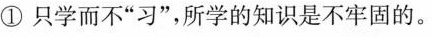
①只学而不”习”，所学的知识是不牢固的。